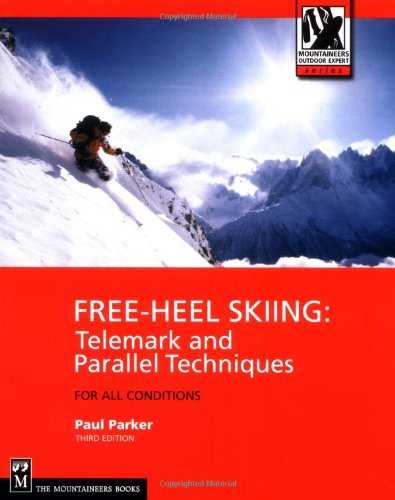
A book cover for Free-Heel Skiing: Telemark and Parallel Techniques for All Conditions (Mountaineers Outdoor Expert); Paul Parker; Sports & Outdoors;